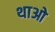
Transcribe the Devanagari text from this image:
थाओ